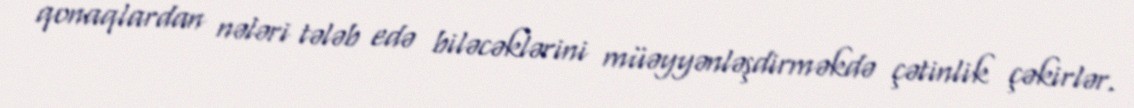
qonaqlardan nələri tələb edə biləcəklərini müəyyənləşdirməkdə çətinlik çəkirlər.